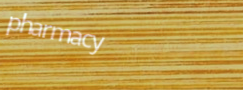
pharmacy